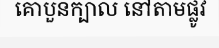
គោបួនក្បាល នៅតាមផ្លូវ